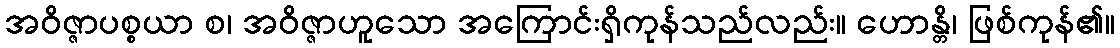
အဝိဇ္ဇာပစ္စယာ စ၊ အဝိဇ္ဇာဟူသော အကြောင်းရှိကုန်သည်လည်း။ ဟောန္တိ၊ ဖြစ်ကုန်၏။